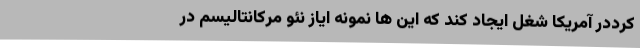
کرددر آمریکا شغل ایجاد کند که این ها نمونه ایاز نئو مرکانتالیسم در